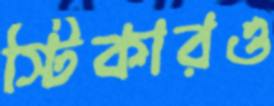
স্টিকারও